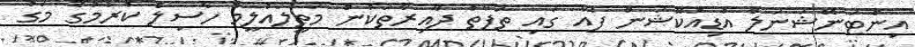
އިންޓަނޭޝަނަލް އެޑިއުކޭޝަން ފެއާ ގައި ތަފާތު ދާއިރާތަކުން މަތީލައުލީމު ހާސިލް ކުރުމުގެ މަގު